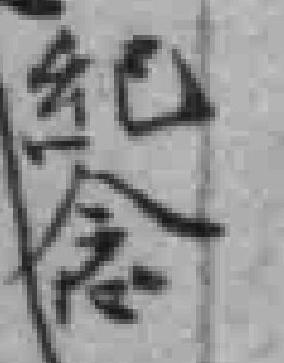
紀念